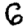
Digit: 6